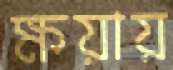
ক্ষয়ায়